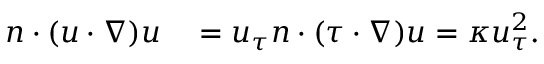
\begin{array} { r l } { n \cdot ( u \cdot \nabla ) u } & { { } = u _ { \tau } n \cdot ( \tau \cdot \nabla ) u = \kappa u _ { \tau } ^ { 2 } . } \end{array}